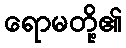
ရောမတို့၏